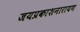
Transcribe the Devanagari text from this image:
जयप्रकाशनारायण